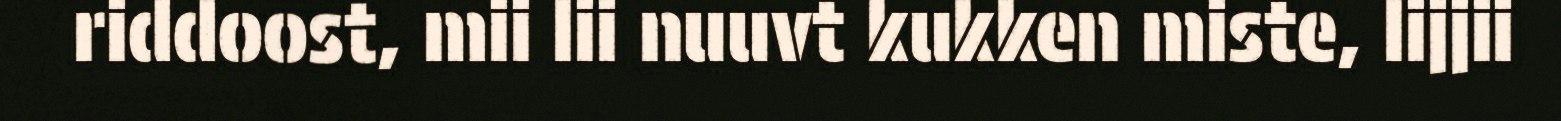
riddoost, mii lii nuuvt kukken miste, lijjii